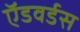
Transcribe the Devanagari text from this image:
ऍडवर्डस